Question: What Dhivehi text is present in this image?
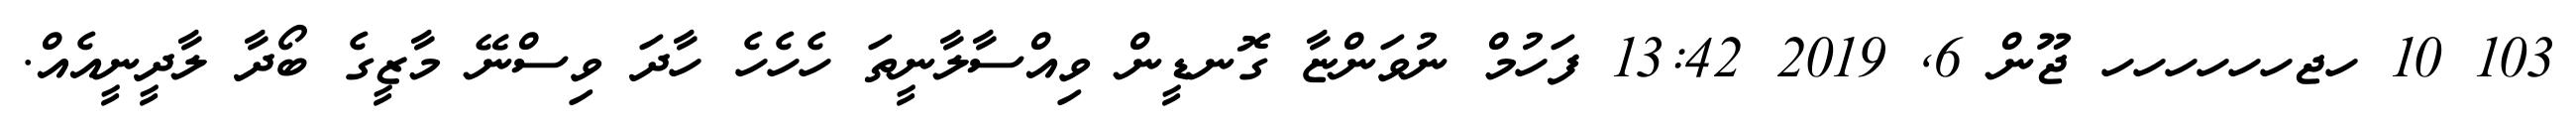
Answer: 103 10 ހޖހހހހހހ ޖޫން 6, 2019 13:42 ފަހުމް ނުވަންޏާ ގޮނޑީން ވިއްސާލާނީތަ ހެހެހެ ހާދަ ވިސްނޭ މާޒީގެ ބޯދާ ލާދީނީއެއް.